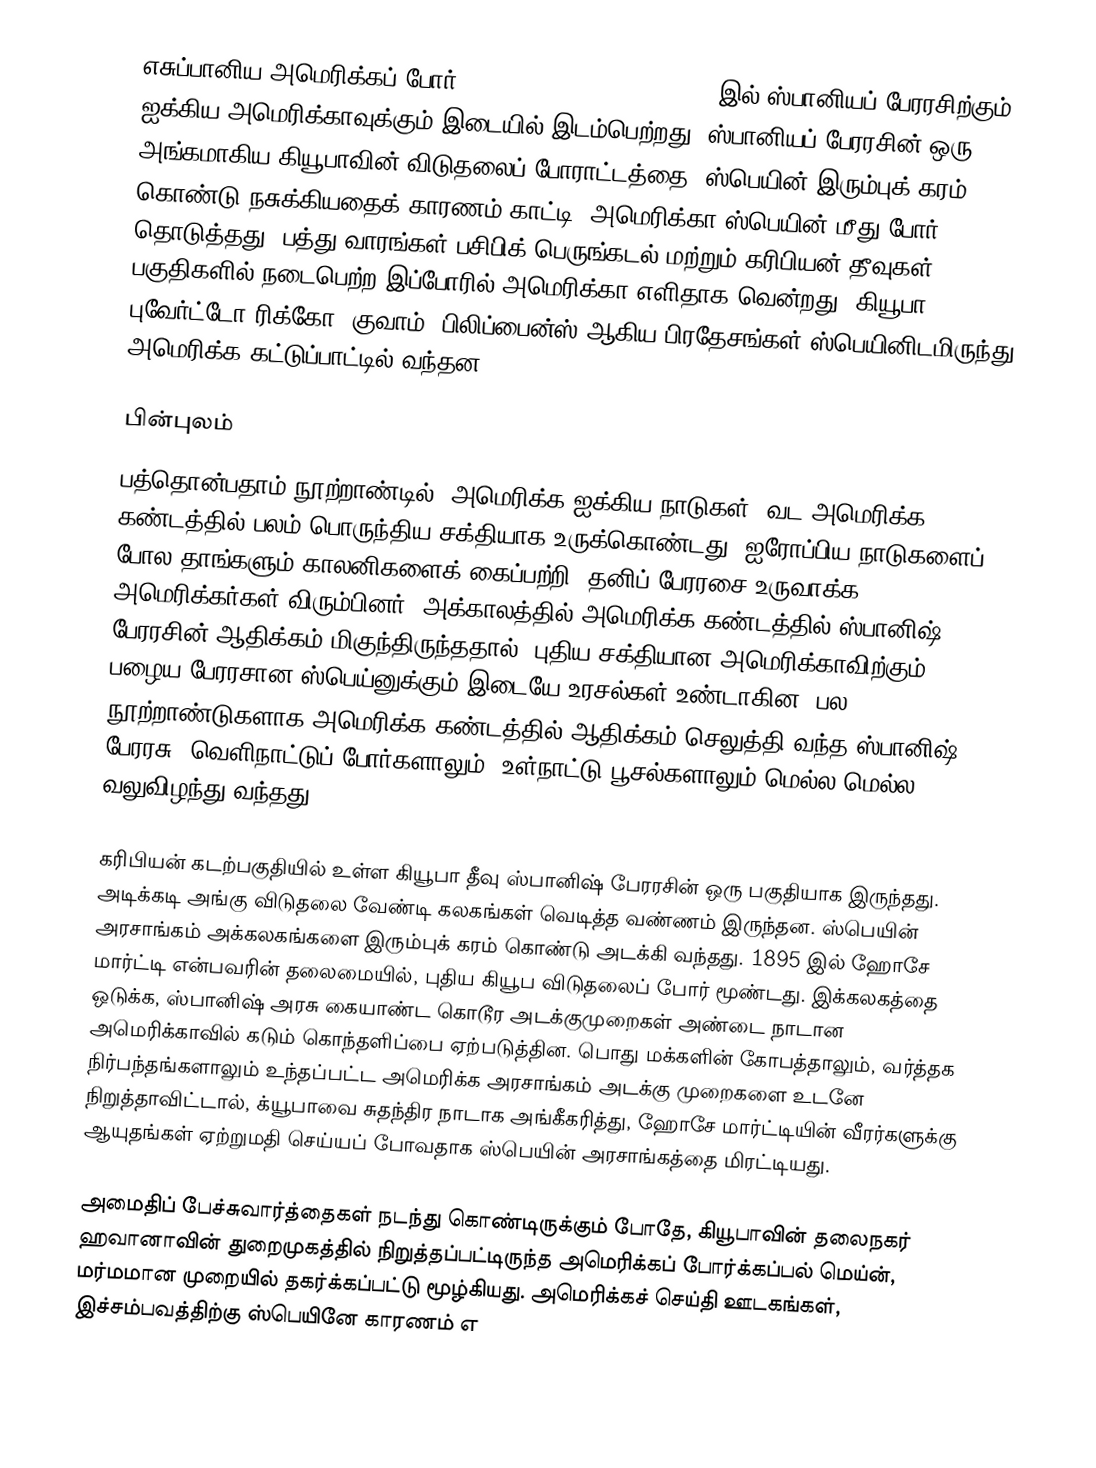
எசுப்பானிய அமெரிக்கப் போர் (Spanish-American War) 1898 இல் ஸ்பானியப் பேரரசிற்கும் ஐக்கிய அமெரிக்காவுக்கும் இடையில் இடம்பெற்றது. ஸ்பானியப் பேரரசின் ஒரு அங்கமாகிய கியூபாவின் விடுதலைப் போராட்டத்தை, ஸ்பெயின் இரும்புக் கரம் கொண்டு நசுக்கியதைக் காரணம் காட்டி, அமெரிக்கா ஸ்பெயின் மீது போர் தொடுத்தது. பத்து வாரங்கள் பசிபிக் பெருங்கடல் மற்றும் கரிபியன் தீவுகள் பகுதிகளில் நடைபெற்ற இப்போரில் அமெரிக்கா எளிதாக வென்றது. கியூபா, புவேர்ட்டோ ரிக்கோ, குவாம், பிலிப்பைன்ஸ் ஆகிய பிரதேசங்கள் ஸ்பெயினிடமிருந்து அமெரிக்க கட்டுப்பாட்டில் வந்தன.

பின்புலம்
பத்தொன்பதாம் நூற்றாண்டில், அமெரிக்க ஐக்கிய நாடுகள், வட அமெரிக்க கண்டத்தில் பலம் பொருந்திய சக்தியாக உருக்கொண்டது. ஐரோப்பிய நாடுகளைப் போல தாங்களும் காலனிகளைக் கைப்பற்றி, தனிப் பேரரசை உருவாக்க அமெரிக்கர்கள் விரும்பினர். அக்காலத்தில் அமெரிக்க கண்டத்தில் ஸ்பானிஷ் பேரரசின் ஆதிக்கம் மிகுந்திருந்ததால், புதிய சக்தியான அமெரிக்காவிற்கும், பழைய பேரரசான ஸ்பெய்னுக்கும் இடையே உரசல்கள் உண்டாகின. பல நூற்றாண்டுகளாக அமெரிக்க கண்டத்தில் ஆதிக்கம் செலுத்தி வந்த ஸ்பானிஷ் பேரரசு, வெளிநாட்டுப் போர்களாலும், உள்நாட்டு பூசல்களாலும் மெல்ல மெல்ல வலுவிழந்து வந்தது.

கரிபியன் கடற்பகுதியில் உள்ள கியூபா தீவு ஸ்பானிஷ் பேரரசின் ஒரு பகுதியாக இருந்தது. அடிக்கடி அங்கு விடுதலை வேண்டி கலகங்கள் வெடித்த வண்ணம் இருந்தன. ஸ்பெயின் அரசாங்கம் அக்கலகங்களை இரும்புக் கரம் கொண்டு அடக்கி வந்தது. 1895 இல் ஹோசே மார்ட்டி என்பவரின் தலைமையில், புதிய கியூப விடுதலைப் போர் மூண்டது. இக்கலகத்தை ஒடுக்க, ஸ்பானிஷ் அரசு கையாண்ட கொடூர அடக்குமுறைகள் அண்டை நாடான அமெரிக்காவில் கடும் கொந்தளிப்பை ஏற்படுத்தின. பொது மக்களின் கோபத்தாலும், வர்த்தக நிர்பந்தங்களாலும் உந்தப்பட்ட அமெரிக்க அரசாங்கம் அடக்கு முறைகளை உடனே நிறுத்தாவிட்டால், க்யூபாவை சுதந்திர நாடாக அங்கீகரித்து, ஹோசே மார்ட்டியின் வீரர்களுக்கு ஆயுதங்கள் ஏற்றுமதி செய்யப் போவதாக ஸ்பெயின் அரசாங்கத்தை மிரட்டியது.

அமைதிப் பேச்சுவார்த்தைகள் நடந்து கொண்டிருக்கும் போதே, கியூபாவின் தலைநகர் ஹவானாவின் துறைமுகத்தில் நிறுத்தப்பட்டிருந்த அமெரிக்கப் போர்க்கப்பல் மெய்ன், மர்மமான முறையில் தகர்க்கப்பட்டு மூழ்கியது. அமெரிக்கச் செய்தி ஊடகங்கள், இச்சம்பவத்திற்கு ஸ்பெயினே காரணம் எ